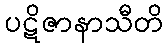
ပဋိဇာနာသီတိ